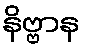
နိဗ္ဗာန